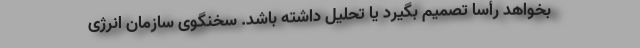
بخواهد رأساً تصمیم بگیرد یا تحلیل داشته باشد. سخنگوی سازمان انرژی